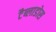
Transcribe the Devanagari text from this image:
टैब्लाडोस